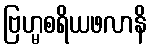
ဗြဟ္မစရိယဖလာနိ